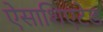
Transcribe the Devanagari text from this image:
ऐसाशिएटेड